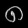
Digit: ၈